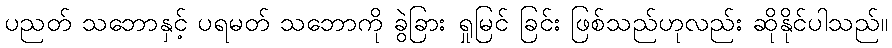
ပညတ် သဘောနှင့် ပရမတ် သဘောကို ခွဲခြား ရှုမြင် ခြင်း ဖြစ်သည်ဟုလည်း ဆိုနိုင်ပါသည်။